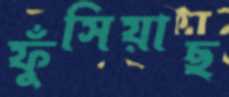
ফুঁসিয়াছ